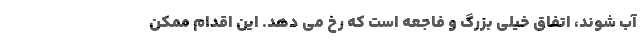
آب شوند، اتفاق خیلی بزرگ و فاجعه است که رخ می دهد. این اقدام ممکن